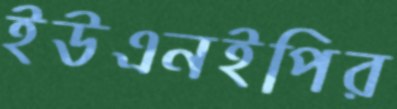
ইউএনইপির